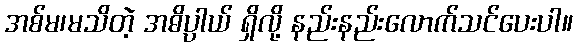
အစ်မ၊မသိတဲ့ အဓိပ္ပါယ် ရှိလို့ နည်းနည်းလောက်သင်ပေးပါ။